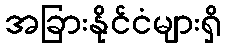
အခြားနိုင်ငံများရှိ